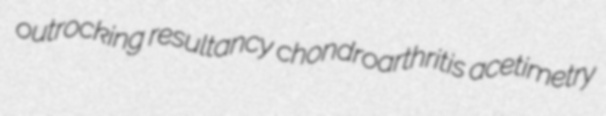
outrocking resultancy chondroarthritis acetimetry